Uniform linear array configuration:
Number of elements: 4
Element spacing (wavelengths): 0.25
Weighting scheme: cosine
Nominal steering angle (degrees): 30
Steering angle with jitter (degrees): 28.984
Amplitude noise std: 0.05
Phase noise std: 0.05

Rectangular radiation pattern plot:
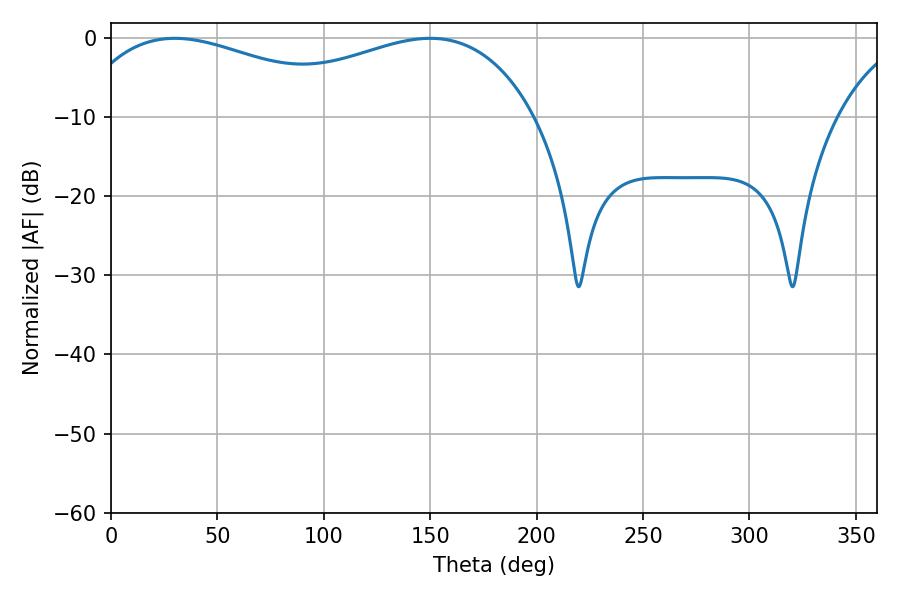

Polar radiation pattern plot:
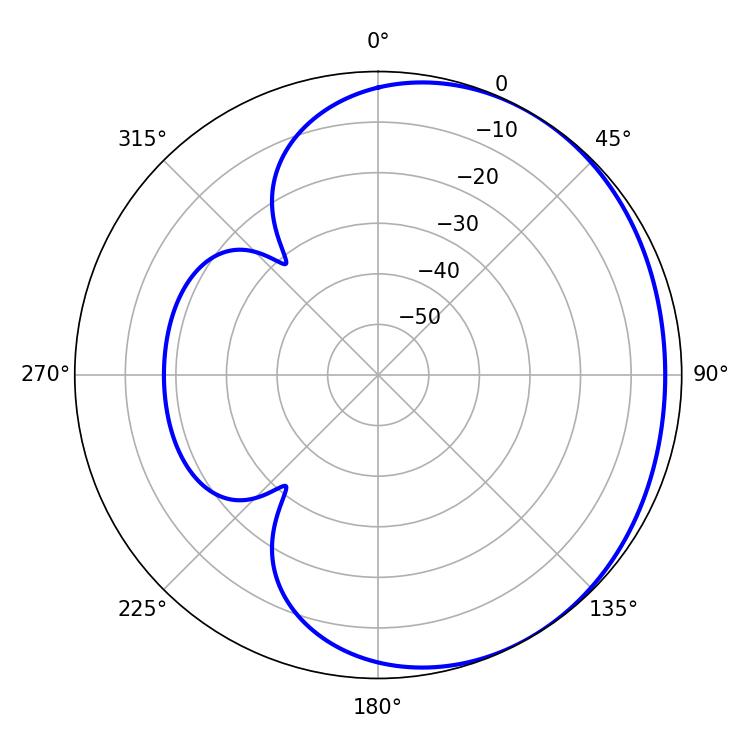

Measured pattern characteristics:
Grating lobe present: FALSE
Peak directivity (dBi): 1.682
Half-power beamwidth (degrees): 78.3
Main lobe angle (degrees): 30.06